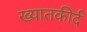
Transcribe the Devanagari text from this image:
ख्यातकीर्द